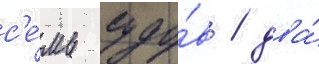
с'е́мь судо́в / два́